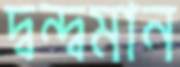
দ্বন্দ্বমান